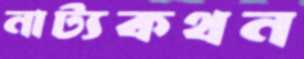
নাট্যকথন